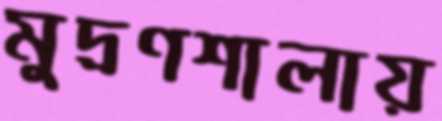
মুদ্রণশালায়